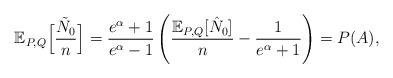
LaTeX: \begin{align*} \mathbb{E}_{P,Q}\Big[\frac{\tilde{N}_0}{n}\Big] = \frac{e^\alpha+1}{e^\alpha-1}\left(\frac{\mathbb{E}_{P,Q}[\hat{N}_0]}{n}-\frac{1}{e^\alpha+1}\right) = P(A),\end{align*}